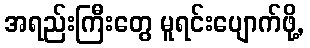
အရည်းကြီးတွေ မူရင်းပျောက်ဖို့,